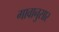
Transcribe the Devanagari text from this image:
गावानुसार